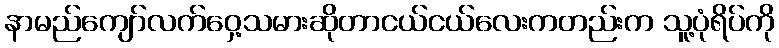
နာမည်ကျော်လက်ဝှေ့သမားဆိုတာငယ်ငယ်လေးကတည်းက သူ့ပုံရိပ်ကို